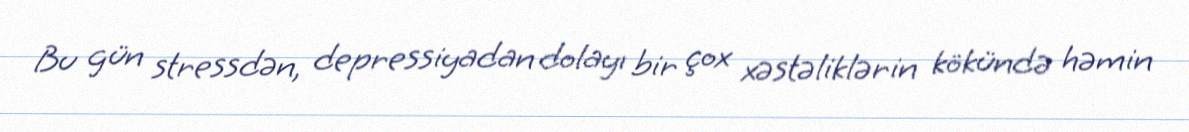
Bu gün stressdən, depressiyadan dolayı bir çox xəstəliklərin kökündə həmin